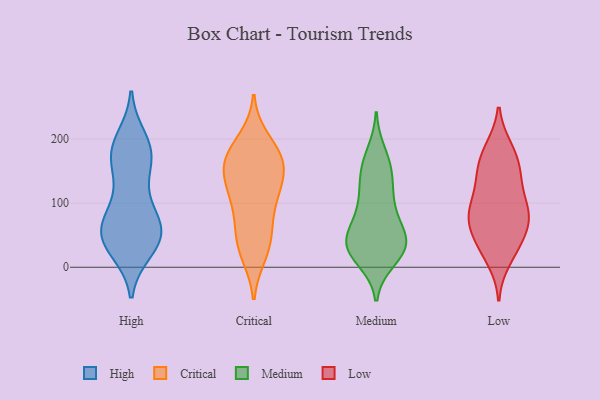
{"axis": {"x": "Budget (USD K)", "y": "Value"}, "legend": ["Critical", "High", "Low", "Medium"], "data": [{"x": "", "y": 68, "type": "High"}, {"x": "", "y": 59, "type": "High"}, {"x": "", "y": 42, "type": "High"}, {"x": "", "y": 65, "type": "High"}, {"x": "", "y": 52, "type": "High"}, {"x": "", "y": 181, "type": "High"}, {"x": "", "y": 163, "type": "High"}, {"x": "", "y": 182, "type": "High"}, {"x": "", "y": 182, "type": "High"}, {"x": "", "y": 62, "type": "High"}, {"x": "", "y": 199, "type": "High"}, {"x": "", "y": 38, "type": "High"}, {"x": "", "y": 38, "type": "High"}, {"x": "", "y": 120, "type": "High"}, {"x": "", "y": 166, "type": "High"}, {"x": "", "y": 28, "type": "High"}, {"x": "", "y": 95, "type": "High"}, {"x": "", "y": 42, "type": "Critical"}, {"x": "", "y": 164, "type": "Critical"}, {"x": "", "y": 54, "type": "Critical"}, {"x": "", "y": 154, "type": "Critical"}, {"x": "", "y": 188, "type": "Critical"}, {"x": "", "y": 24, "type": "Critical"}, {"x": "", "y": 150, "type": "Critical"}, {"x": "", "y": 114, "type": "Critical"}, {"x": "", "y": 20, "type": "Critical"}, {"x": "", "y": 160, "type": "Critical"}, {"x": "", "y": 67, "type": "Critical"}, {"x": "", "y": 101, "type": "Critical"}, {"x": "", "y": 199, "type": "Critical"}, {"x": "", "y": 160, "type": "Critical"}, {"x": "", "y": 120, "type": "Critical"}, {"x": "", "y": 110, "type": "Critical"}, {"x": "", "y": 174, "type": "Critical"}, {"x": "", "y": 31, "type": "Medium"}, {"x": "", "y": 32, "type": "Medium"}, {"x": "", "y": 158, "type": "Medium"}, {"x": "", "y": 34, "type": "Medium"}, {"x": "", "y": 161, "type": "Medium"}, {"x": "", "y": 98, "type": "Medium"}, {"x": "", "y": 16, "type": "Medium"}, {"x": "", "y": 49, "type": "Medium"}, {"x": "", "y": 31, "type": "Medium"}, {"x": "", "y": 178, "type": "Medium"}, {"x": "", "y": 46, "type": "Medium"}, {"x": "", "y": 12, "type": "Medium"}, {"x": "", "y": 72, "type": "Medium"}, {"x": "", "y": 50, "type": "Medium"}, {"x": "", "y": 128, "type": "Medium"}, {"x": "", "y": 142, "type": "Medium"}, {"x": "", "y": 112, "type": "Medium"}, {"x": "", "y": 33, "type": "Medium"}, {"x": "", "y": 87, "type": "Medium"}, {"x": "", "y": 75, "type": "Low"}, {"x": "", "y": 42, "type": "Low"}, {"x": "", "y": 82, "type": "Low"}, {"x": "", "y": 143, "type": "Low"}, {"x": "", "y": 12, "type": "Low"}, {"x": "", "y": 37, "type": "Low"}, {"x": "", "y": 146, "type": "Low"}, {"x": "", "y": 149, "type": "Low"}, {"x": "", "y": 28, "type": "Low"}, {"x": "", "y": 114, "type": "Low"}, {"x": "", "y": 99, "type": "Low"}, {"x": "", "y": 83, "type": "Low"}, {"x": "", "y": 185, "type": "Low"}, {"x": "", "y": 185, "type": "Low"}, {"x": "", "y": 165, "type": "Low"}, {"x": "", "y": 93, "type": "Low"}, {"x": "", "y": 66, "type": "Low"}, {"x": "", "y": 68, "type": "Low"}]}